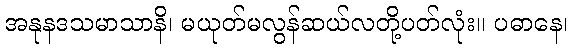
အနုနဒသမာသာနိ၊ မယုတ်မလွန်ဆယ်လတို့ပတ်လုံး။ ပဓာနေ၊